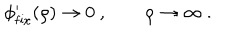
LaTeX: \phi _ { \mathrm { f i x } } ^ { \prime } ( \rho ) \rightarrow 0 \ , \qquad \rho \rightarrow \infty \ .